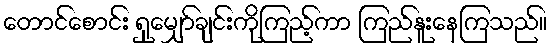
တောင်စောင်း ရှုမျှော်ချင်းကိုကြည့်ကာ ကြည်နူးနေကြသည်။